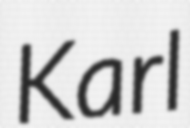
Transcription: Karl